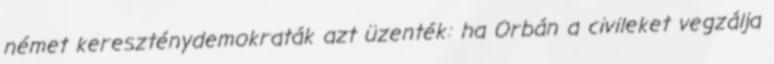
német kereszténydemokraták azt üzenték: ha Orbán a civileket vegzálja